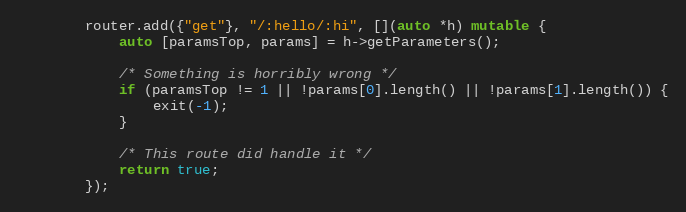
Language: C++
        router.add({"get"}, "/:hello/:hi", [](auto *h) mutable {
            auto [paramsTop, params] = h->getParameters();

            /* Something is horribly wrong */
            if (paramsTop != 1 || !params[0].length() || !params[1].length()) {
                exit(-1);
            }

            /* This route did handle it */
            return true;
        });